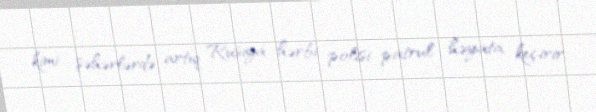
kimi şəhərlərdə artıq Rusiya hərbi polisi patrul həyata keçirir.